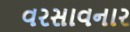
વરસાવનાર